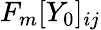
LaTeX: F_{m}[Y_{0}]_{ij}